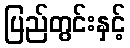
ပြည်တွင်းနှင့်